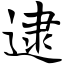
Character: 逮